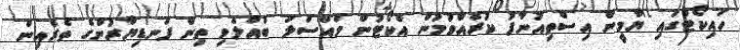
ހައިކޯޓުގައި ޔާމީން އިސްތިއުނާފު ކުރެއްވުމުން އެކޯޓުން މައްސަލަ ބެއްލެވި ތިން ފަނޑިޔާރުންގެ ތެރެއިން